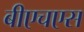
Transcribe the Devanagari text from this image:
बीएचएस